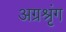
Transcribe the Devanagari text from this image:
अग्रश्रृंग